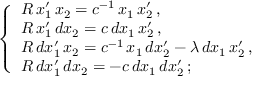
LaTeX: \; \; \; \; \; \left\{ \begin{array} { l } { { R \, x _ { 1 } ^ { \prime } \, x _ { 2 } = c ^ { - 1 } \, x _ { 1 } \, x _ { 2 } ^ { \prime } \, , } } \\ { { R \, x _ { 1 } ^ { \prime } \, d x _ { 2 } = c \, d x _ { 1 } \, x _ { 2 } ^ { \prime } \, , } } \\ { { R \, d x _ { 1 } ^ { \prime } \, x _ { 2 } = c ^ { - 1 } \, x _ { 1 } \, d x _ { 2 } ^ { \prime } - \lambda \, d x _ { 1 } \, x _ { 2 } ^ { \prime } \, , } } \\ { { R \, d x _ { 1 } ^ { \prime } \, d x _ { 2 } = - c \, d x _ { 1 } \, d x _ { 2 } ^ { \prime } \, ; } } \end{array} \right.